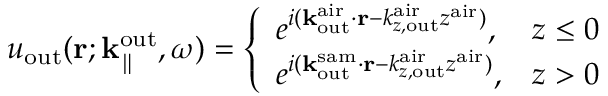
u _ { \mathrm { o u t } } ( { \bf r } ; { \bf k } _ { \parallel } ^ { \mathrm { o u t } } , \omega ) = \left\{ \begin{array} { l l } { e ^ { i ( { \bf k } _ { \mathrm { o u t } } ^ { \mathrm { a i r } } \cdot { \bf r } - k _ { z , \mathrm { o u t } } ^ { \mathrm { a i r } } z ^ { \mathrm { a i r } } ) } , } & { z \leq 0 } \\ { e ^ { i ( { \bf k } _ { \mathrm { o u t } } ^ { \mathrm { s a m } } \cdot { \bf r } - k _ { z , \mathrm { o u t } } ^ { \mathrm { a i r } } z ^ { \mathrm { a i r } } ) } , } & { z > 0 } \end{array} \right.